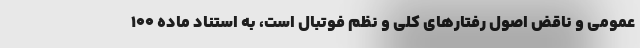
عمومی و ناقض اصول رفتارهای کلی و نظم فوتبال است، به استناد ماده ۱۰۰